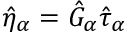
\hat { \eta } _ { \alpha } = \hat { G } _ { \alpha } \hat { \tau } _ { \alpha }